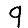
Digit: 9